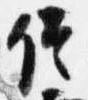
信